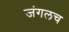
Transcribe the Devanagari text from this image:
जंगलच